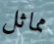
مماثل